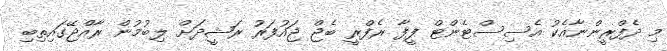
މި ދެފްރީންނާއެކު އެސިސްޓެންޓް ފީފާ ރެފްރީ ބެޖް ޖައުފަރު ރަޝީދަށް ލިބުމުން ރާއްޖޭގައިތިބި